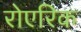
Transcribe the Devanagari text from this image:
रोएरिक